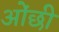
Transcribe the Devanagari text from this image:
ओंछी